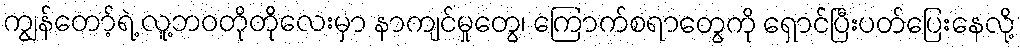
ကျွန်တော့်ရဲ့ လူ့ဘဝတိုတိုလေးမှာ နာကျင်မှုတွေ၊ ကြောက်စရာတွေကို ရှောင်ပြီးပတ်ပြေးနေလို့